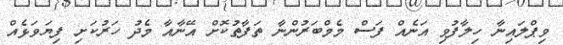
ވިޕްލައިނާ ހިލާފުވި އަނެއް ފަސް މެމްބަރުންނާ ތަފާތުކޮށް އޭނާއާ މެދު ހަރުކަށި ފިޔަވަޅެއް